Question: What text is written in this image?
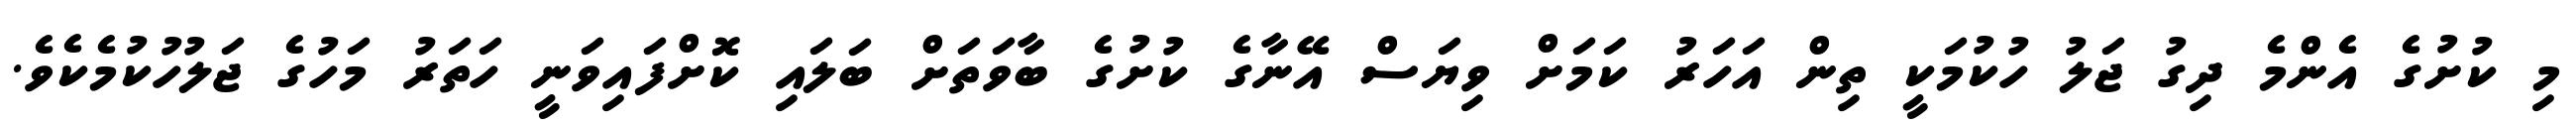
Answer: މި ކުށުގެ އެންމެ ދިގު ޖަލު ހުކުމަކީ ތިން އަހަރު ކަމަށް ވިޔަސް އޭނާގެ ކުށުގެ ބާވަތަށް ބަލައި ކޮށްފައިވަނީ ހަތަރު މަހުގެ ޖަލުހުކުމެކެވެ.